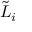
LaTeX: { \tilde { L } } _ { i }